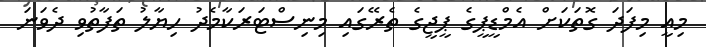
މިއީ މިފަދަ ގޮތަކަށް އެމްޑީޕީގެ ޕީޖީގެ ތެރޭގައި މިނިސްޓަރަކާމެދު ހިޔާލު ތަފާތުވި ދެވަނަ